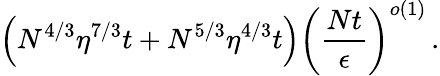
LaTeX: \left(N^{4/3}\eta^{7/3}t+N^{5/3}\eta^{4/3}t\right)\left(\frac{Nt}{\epsilon}\right)^{o\left(1\right)}\, .